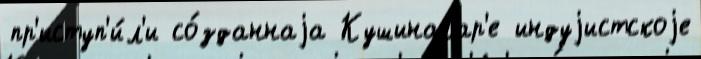
пр'иступ'и́л'и со́зданнаjа Кушинагар'е индуjистскоjе